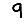
Digit: 9